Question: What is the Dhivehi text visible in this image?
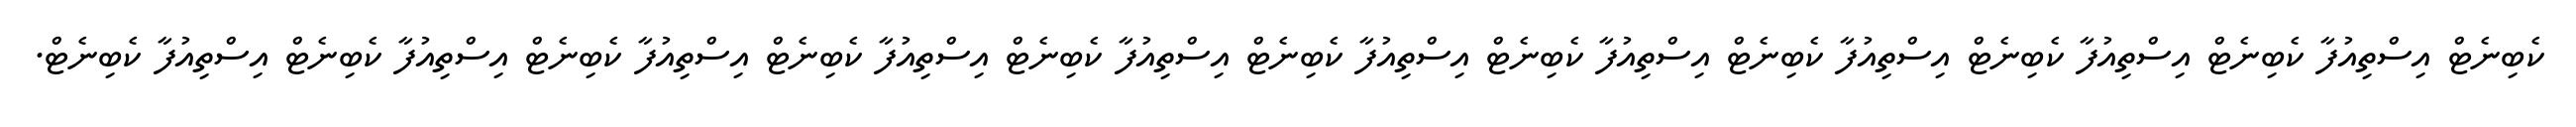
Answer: ކެބިނެޓް އިސްތިއުފާ ކެބިނެޓް އިސްތިއުފާ ކެބިނެޓް އިސްތިއުފާ ކެބިނެޓް އިސްތިއުފާ ކެބިނެޓް އިސްތިއުފާ ކެބިނެޓް އިސްތިއުފާ ކެބިނެޓް އިސްތިއުފާ ކެބިނެޓް އިސްތިއުފާ ކެބިނެޓް އިސްތިއުފާ ކެބިނެޓް އިސްތިއުފާ ކެބިނެޓް.